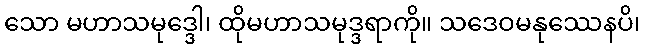
သော မဟာသမုဒ္ဒေါ၊ ထိုမဟာသမုဒ္ဒရာကို။ သဒေဝမနုဿေနပိ၊